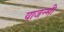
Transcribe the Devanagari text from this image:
याजन्मी